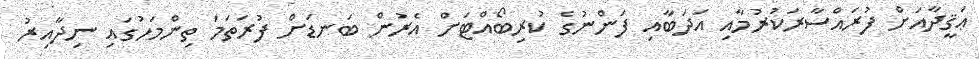
ޢަޤީދާއަށް ފުރައްސާރަކުރުމާއި އަދަބާއި ފަންނުގެ ކުރިބޯއްޓަށް އެރުން ބަނޑަށް ފުރަތަމަ ތިންމަހުގައި ނިދާއިރު